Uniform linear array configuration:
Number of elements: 4
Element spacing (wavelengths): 0.5
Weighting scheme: binomial
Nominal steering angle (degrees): -15
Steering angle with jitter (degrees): -15.715
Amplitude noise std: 0.05
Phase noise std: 0.05

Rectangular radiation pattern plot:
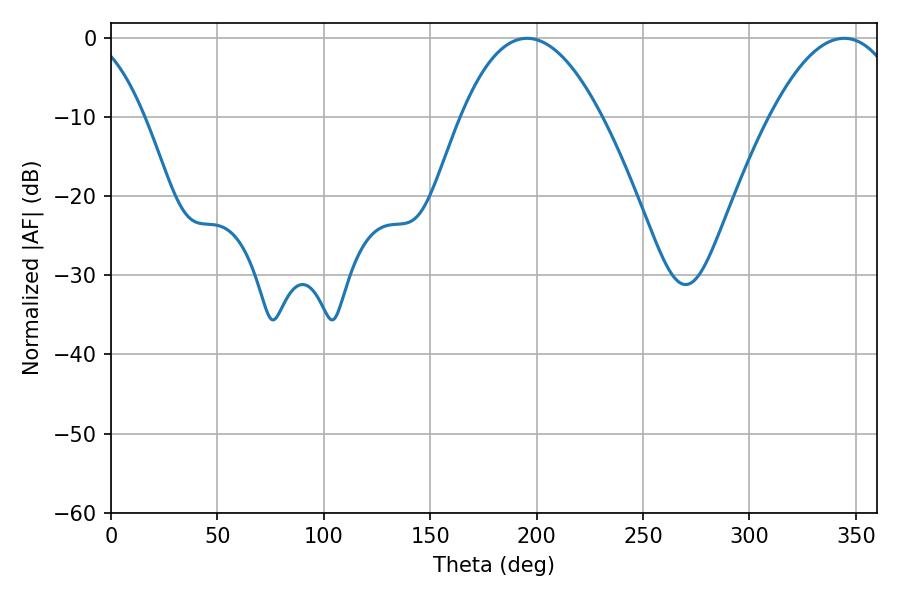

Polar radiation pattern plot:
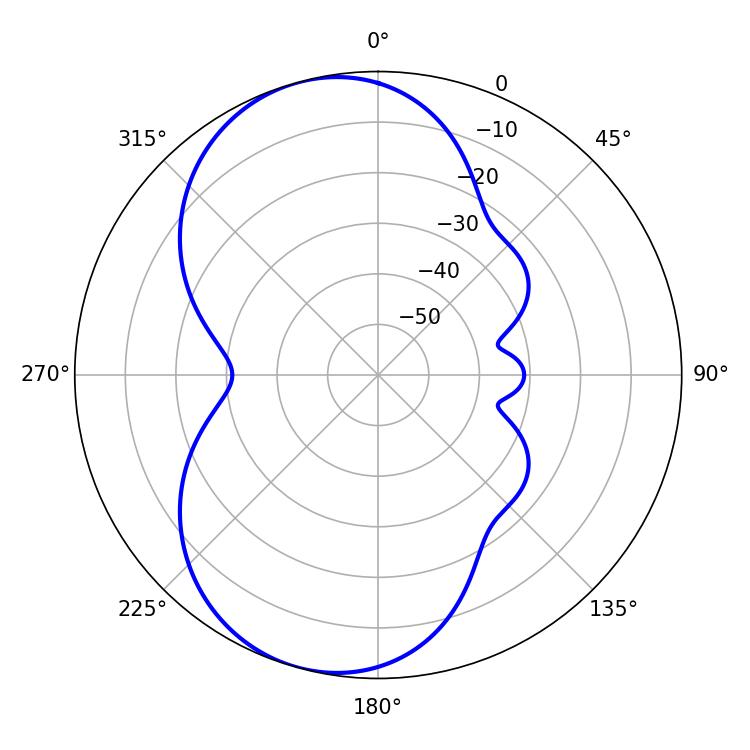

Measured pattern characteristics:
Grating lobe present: FALSE
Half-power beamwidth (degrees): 36.54
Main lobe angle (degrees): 195.48